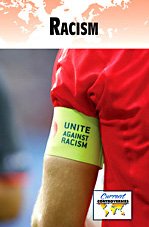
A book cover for Racism (Current Controversies); Noel Merino; Teen & Young Adult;